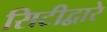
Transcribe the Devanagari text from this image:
सिटीद्वारे